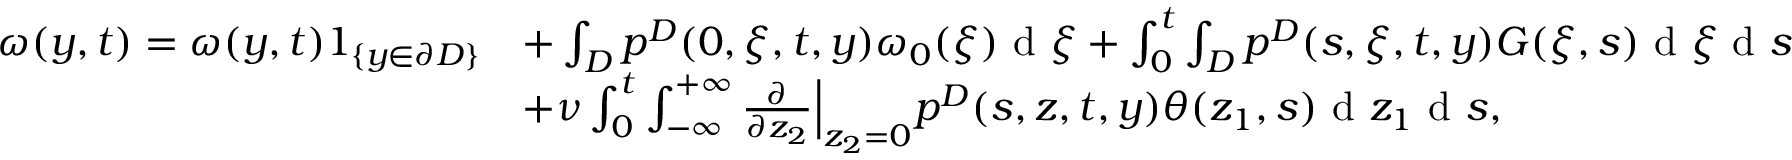
\begin{array} { r l } { \omega ( y , t ) = \omega ( y , t ) 1 _ { \{ y \in \partial D \} } } & { + \int _ { D } p ^ { D } ( 0 , \xi , t , y ) \omega _ { 0 } ( \xi ) \textrm { d } \xi + \int _ { 0 } ^ { t } \int _ { D } p ^ { D } ( s , \xi , t , y ) G ( \xi , s ) \textrm { d } \xi \textrm { d } s } \\ & { + \nu \int _ { 0 } ^ { t } \int _ { - \infty } ^ { + \infty } \frac { \partial } { \partial z _ { 2 } } \Big | _ { z _ { 2 } = 0 } p ^ { D } ( s , z , t , y ) \theta ( z _ { 1 } , s ) \textrm { d } z _ { 1 } \textrm { d } s , } \end{array}